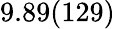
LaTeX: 9.89(129)